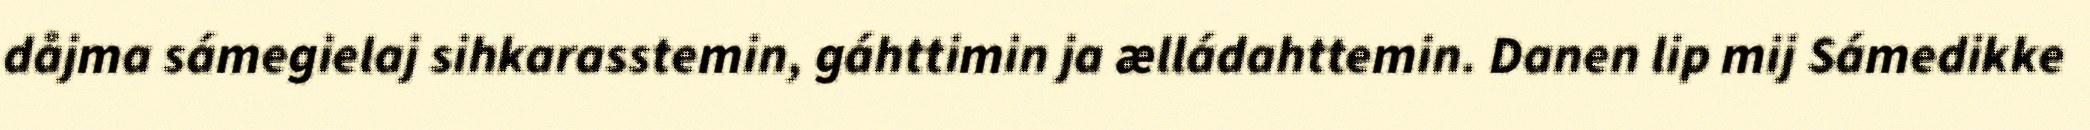
dåjma sámegielaj sihkarasstemin, gáhttimin ja ælládahttemin. Danen lip mij Sámedikke